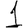
Digit: 1